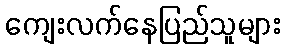
ကျေးလက်နေပြည်သူများ